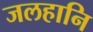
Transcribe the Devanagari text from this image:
जलहानि